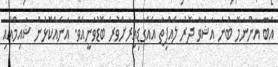
އެބަ އަންނަމޭ ބުނެ އަޝްވާ ދޮރު ލެއްޕިތާ އެއްގަޑިއިރަށްވުރެ ބޮޑުވަނީއެވެ. އަނެއްކޮޅުން ޝައިމްއާއި